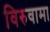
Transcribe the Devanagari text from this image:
विरुवामा